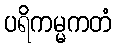
ပရိကမ္မကတံ